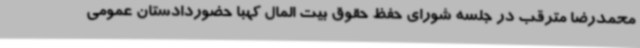
محمدرضا مترقب در جلسه شورای حفظ حقوق بیت المال کهبا حضوردادستان عمومی